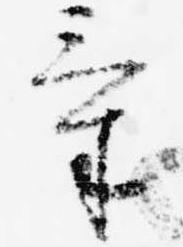
気